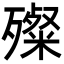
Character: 殩